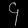
Digit: ၄